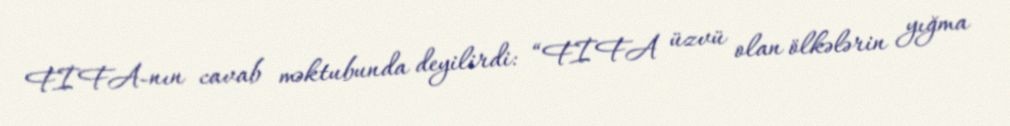
FİFA-nın cavab məktubunda deyilirdi: “FİFA üzvü olan ölkələrin yığma